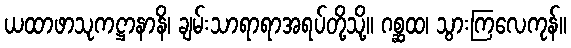
ယထာဖာသုကဋ္ဌာနာနိ၊ ချမ်းသာရာရာအရပ်တို့သို့။ ဂစ္ဆထ၊ သွားကြလေကုန်။